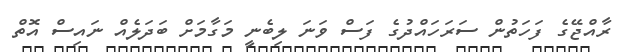
ރާއްޖޭގެ ފަހަތުން ސަރަހައްދުގެ ފަސް ވަނަ ލިބެނީ މަގާމަށް ބަދަލެއް ނައިސް އޮތް